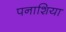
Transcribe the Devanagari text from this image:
पनाशिया